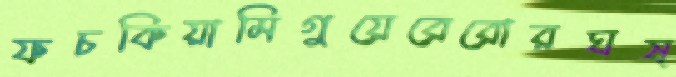
ফচকিয়ামিগুয়েরেরোরঘষ্